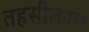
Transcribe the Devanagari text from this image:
तहसीलवार